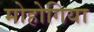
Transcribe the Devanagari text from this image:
मोहोगिया